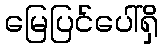
မြေပြင်ပေါ်ရှိ